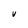
Character: V